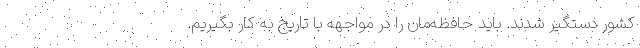
کشور دستگیر شدند. باید حافظه‌مان را در مواجهه با تاریخ به کار بگیریم.